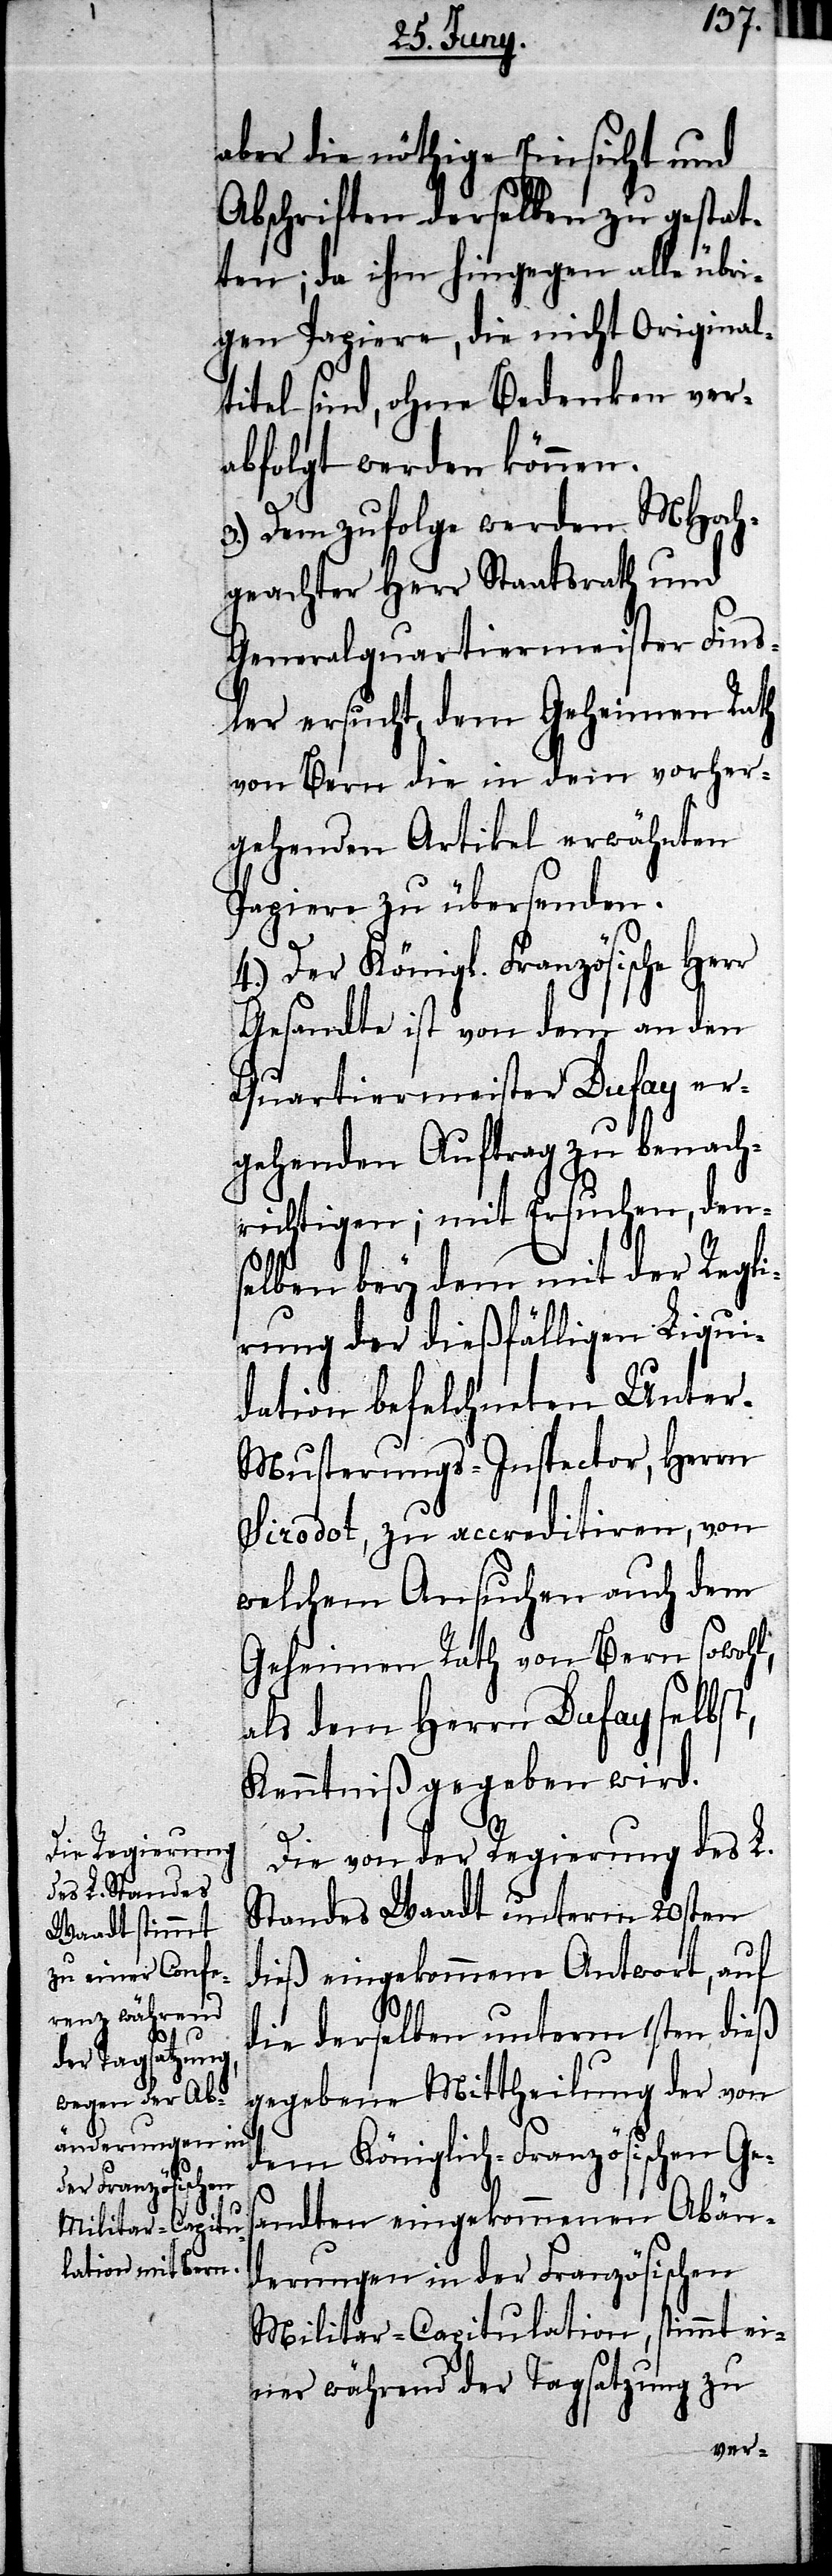
t,

aber die nöthige Einsicht und
Abschriften derselben zu gestat¬
ten; da ihm hingegen alle übri¬
gen Papiere, die nicht Original¬
titel sind, ohne Bedenken ver¬
abfolgt werden können.
3.) Dem zufolge werden MHoch¬
geachter Herr Staatsrath und
Generalquartiermeister Fins¬
ler ersucht, dem Geheimen Rath
von Bern die in dem vorher¬
gehenden Artikel erwähnten
Papiere zu übersenden.
4.) Der Königl. Französische Her¬
Gesandte ist von dem an den
Quartiermeister Dufay er¬
gehenden Auftrag zu benach¬
richtigen; mit Ersuchen, den¬
selben bey dem mit der Re¬
irung der dießfälligen Liqui¬
dation befelchneten Unte¬
r-Musterungs-Inspector, Herrn
Sirodot, zu accreditiren, von
welchem Ansuchen auch dem
Geheimen Rath von Bern sowohl,
als dem Herrn Duffay selbs¬
Kenntniß gegeben wird.
Die von der Regierung des L.
Standes Waadt unterm 20sten
dieß eingekommene Antwort, auf
die derselben unterm 1sten dieß
gegebene Mittheilung der von
dem Königlich-Französischen Ge¬
sandten eingekommenen Abän¬
derungen in der Französischen
Militar-Capitulation, stimmt ei¬
ner während der Tagsatzung zu